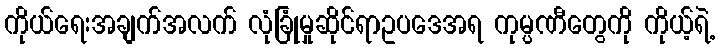
ကိုယ်ရေးအချက်အလက် လုံခြုံမှုဆိုင်ရာဥပဒေအရ ကုမ္ပဏီတွေကို ကိုယ့်ရဲ့